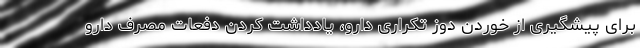
برای پیشگیری از خوردن دوز تکراری دارو، یادداشت کردن دفعات مصرف دارو